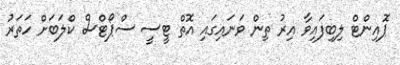
ޕޮއިންޓް ލިބިފައިވާ އިރު ތިން ވަނައިގައި އޮތް ޓީސީ ސްޕޯޓްސް ކްލަބަށް ހަތަރު